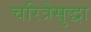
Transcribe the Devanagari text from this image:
चरित्रेसुद्धा